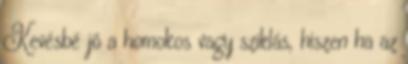
Kevésbé jó a homokos vagy sziklás, hiszen ha az